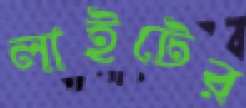
লাইটের